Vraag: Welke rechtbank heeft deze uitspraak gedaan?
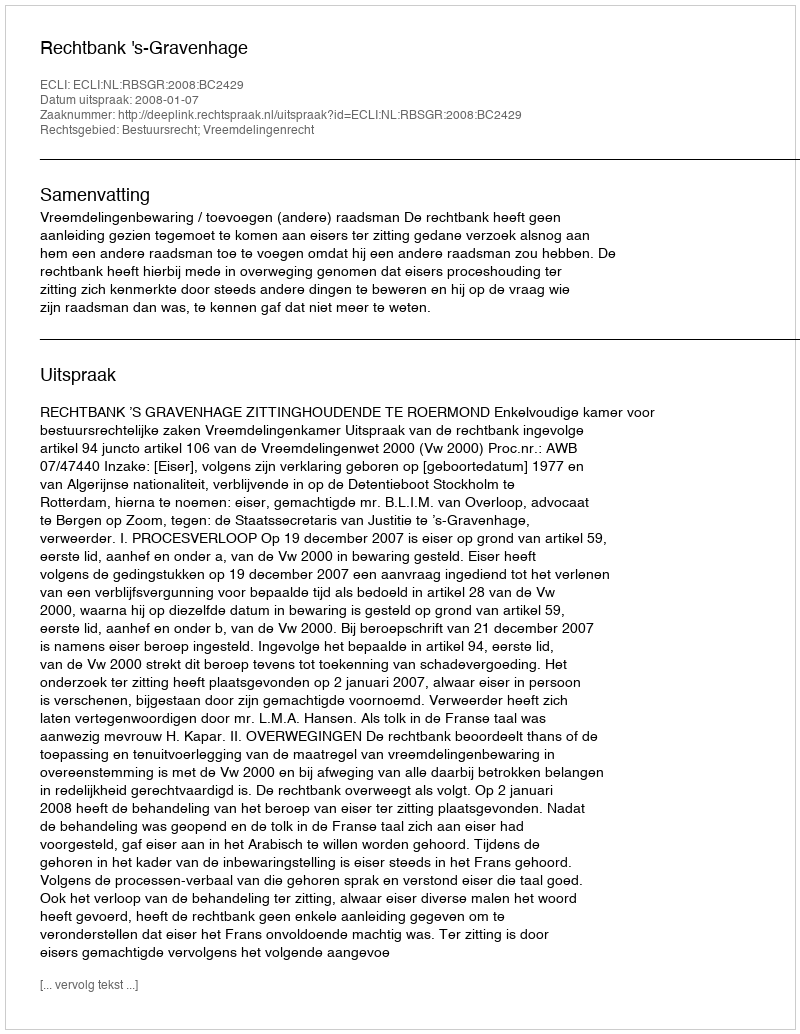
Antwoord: Rechtbank 's-Gravenhage